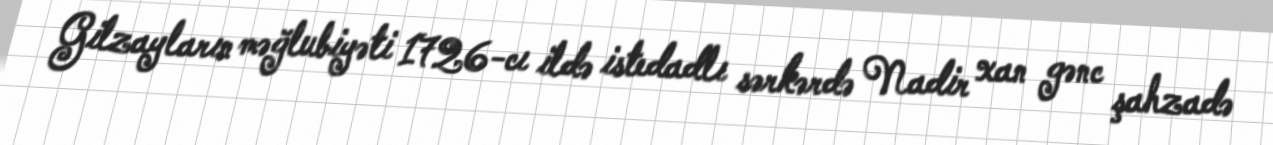
Gilzayların məğlubiyəti 1726-cı ildə istedadlı sərkərdə Nadir xan gənc şahzadə